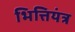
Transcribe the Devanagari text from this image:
भित्तियंत्र